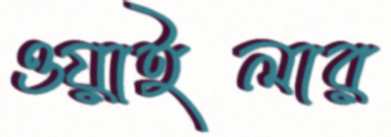
ওয়াইলার